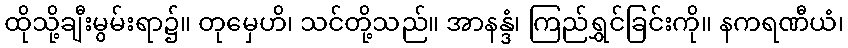
ထိုသို့ချီးမွမ်းရာ၌။ တုမှေဟိ၊ သင်တို့သည်။ အာနန္ဒံ၊ ကြည်ရွှင်ခြင်းကို။ နကရဏီယံ၊